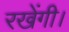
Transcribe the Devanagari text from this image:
रखेंगी।